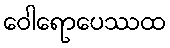
ဝေါရောပေဿထ